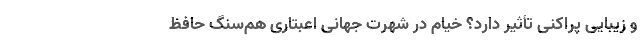
و زیبایی پراکنی تأثیر دارد؟ خیام در شهرت جهانی اعبتاری هم‌سنگ حافظ